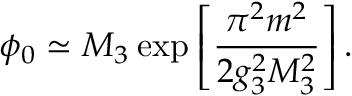
\phi _ { 0 } \simeq M _ { 3 } \: \mathrm { e x p } \left[ { \frac { \pi ^ { 2 } m ^ { 2 } } { 2 g _ { 3 } ^ { 2 } M _ { 3 } ^ { 2 } } } \right] .